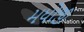
મધોજી